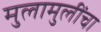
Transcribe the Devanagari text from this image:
मुलामुलींचा